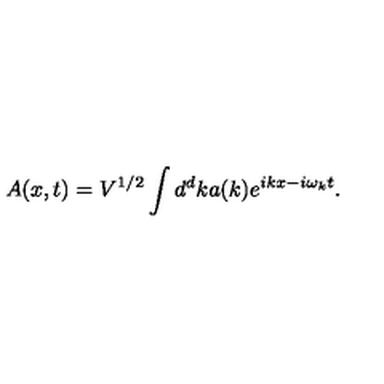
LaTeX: A ( x , t ) = V ^ { 1 / 2 } \int d ^ { d } k a ( k ) e ^ { i k x - i \omega _ { k } t } .